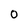
Character: O